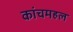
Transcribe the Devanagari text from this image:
कांचमहल